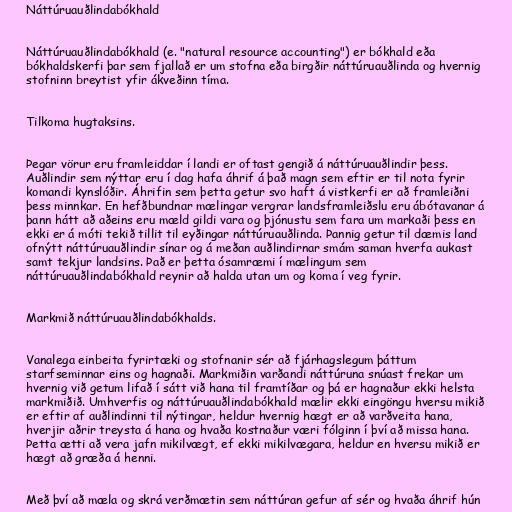
Náttúruauðlindabókhald

Náttúruauðlindabókhald (e. "natural resource accounting") er bókhald eða
bókhaldskerfi þar sem fjallað er um stofna eða birgðir náttúruauðlinda og hvernig
stofninn breytist yfir ákveðinn tíma.

Tilkoma hugtaksins.

Þegar vörur eru framleiddar í landi er oftast gengið á náttúruauðlindir þess.
Auðlindir sem nýttar eru í dag hafa áhrif á það magn sem eftir er til nota fyrir
komandi kynslóðir. Áhrifin sem þetta getur svo haft á vistkerfi er að framleiðni
þess minnkar. En hefðbundnar mælingar vergrar landsframleiðslu eru ábótavanar á
þann hátt að aðeins eru mæld gildi vara og þjónustu sem fara um markaði þess en
ekki er á móti tekið tillit til eyðingar náttúruauðlinda. Þannig getur til dæmis land
ofnýtt náttúruauðlindir sínar og á meðan auðlindirnar smám saman hverfa aukast
samt tekjur landsins. Það er þetta ósamræmi í mælingum sem
náttúruauðlindabókhald reynir að halda utan um og koma í veg fyrir.

Markmið náttúruauðlindabókhalds.

Vanalega einbeita fyrirtæki og stofnanir sér að fjárhagslegum þáttum
starfseminnar eins og hagnaði. Markmiðin varðandi náttúruna snúast frekar um
hvernig við getum lifað í sátt við hana til framtíðar og þá er hagnaður ekki helsta
markmiðið. Umhverfis og náttúruauðlindabókhald mælir ekki eingöngu hversu mikið
er eftir af auðlindinni til nýtingar, heldur hvernig hægt er að varðveita hana,
hverjir aðrir treysta á hana og hvaða kostnaður væri fólginn í því að missa hana.
Þetta ætti að vera jafn mikilvægt, ef ekki mikilvægara, heldur en hversu mikið er
hægt að græða á henni.

Með því að mæla og skrá verðmætin sem náttúran gefur af sér og hvaða áhrif hún